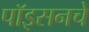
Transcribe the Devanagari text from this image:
पॉइसनचे